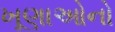
ખૂણાઓનો